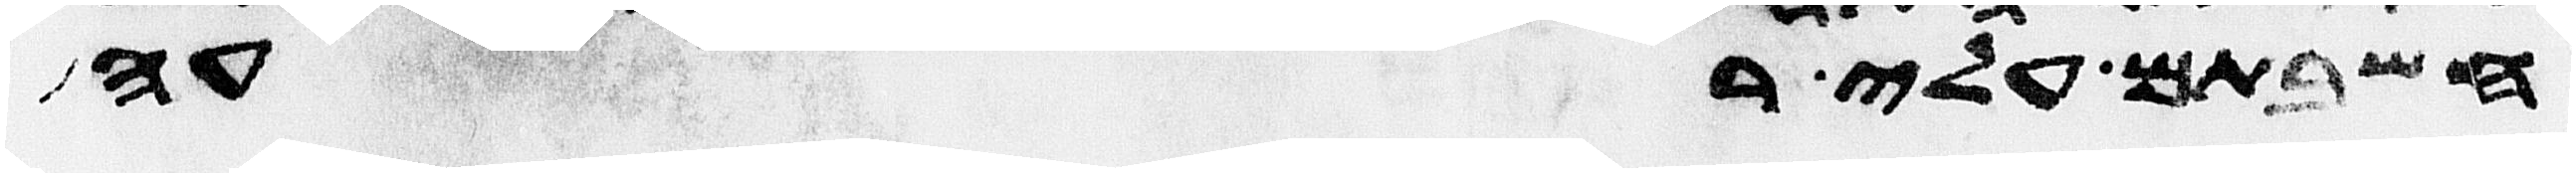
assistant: חשבתם עלי רעה